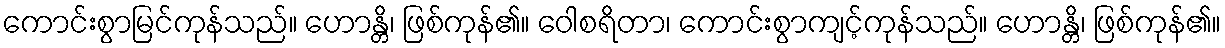
ကောင်းစွာမြင်ကုန်သည်။ ဟောန္တိ၊ ဖြစ်ကုန်၏။ ဝေါစရိတာ၊ ကောင်းစွာကျင့်ကုန်သည်။ ဟောန္တိ၊ ဖြစ်ကုန်၏။